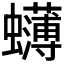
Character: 𮕓